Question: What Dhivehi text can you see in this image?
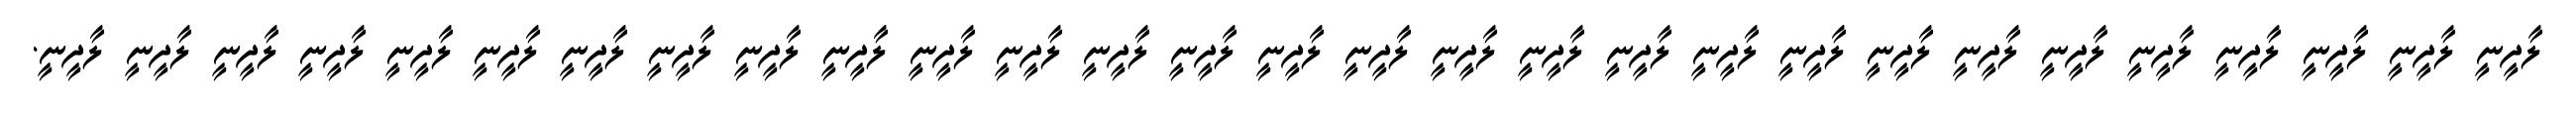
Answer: ލާދީނީ ލާދީނީ ލާދީނީ ލާދީނީ ލާދީނީ ލާދީނީ ލާދީނީ ލާދީނީ ލާދީނީ ލާދީނީ ލާދީނީ ލާދީނީ ލާދީނީ ލާދީނީ ލާދީނީ ލާދީނީ ލާދީނީ ލާދީނީ ލާދީނީ ލާދީނީ ލާދީނީ ލާދީނީ ލާދީނީ ލާދީނީ ލާދީނީ ލާދީނީ ލާދީނީ ލާދީނީ ލާދީނީ.